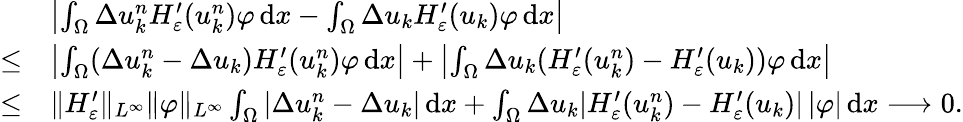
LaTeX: \begin{array}{rl}&{\left|\int_{\Omega}\Delta u_{k}^{n}H_{\varepsilon}^{\prime}(u_{k}^{n})\varphi\, \mathrm{d}x-\int_{\Omega}\Delta u_{k}H_{\varepsilon}^{\prime}(u_{k})\varphi\, \mathrm{d}x\right|}\\ {\le}&{\left|\int_{\Omega}(\Delta u_{k}^{n}-\Delta u_{k})H_{\varepsilon}^{\prime}(u_{k}^{n})\varphi\, \mathrm{d}x\right|+\left|\int_{\Omega}\Delta u_{k}(H_{\varepsilon}^{\prime}(u_{k}^{n})-H_{\varepsilon}^{\prime}(u_{k}))\varphi\, \mathrm{d}x\right|}\\ {\le}&{\| H_{\varepsilon}^{\prime}\| _{L^{\infty}}\| \varphi\| _{L^{\infty}}\int_{\Omega}|\Delta u_{k}^{n}-\Delta u_{k}|\, \mathrm{d}x+\int_{\Omega}\Delta u_{k}|H_{\varepsilon}^{\prime}(u_{k}^{n})-H_{\varepsilon}^{\prime}(u_{k})|\, |\varphi|\, \mathrm{d}x\longrightarrow 0.}\end{array}